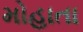
મોહાતા